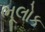
ભૂલોક